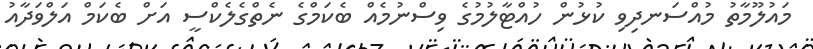
މައުލޫމާތު މުއްސަނދިވި ކުޅުން ހުއްޓާލުމުގެ ވިސްނުމެއް ބެކަމްގެ ނެތްގެލެކްސީ އަށް ބެކަމް އަލްވަދާއު